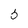
Character: 5